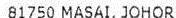
81750 MASAI, JOHOR